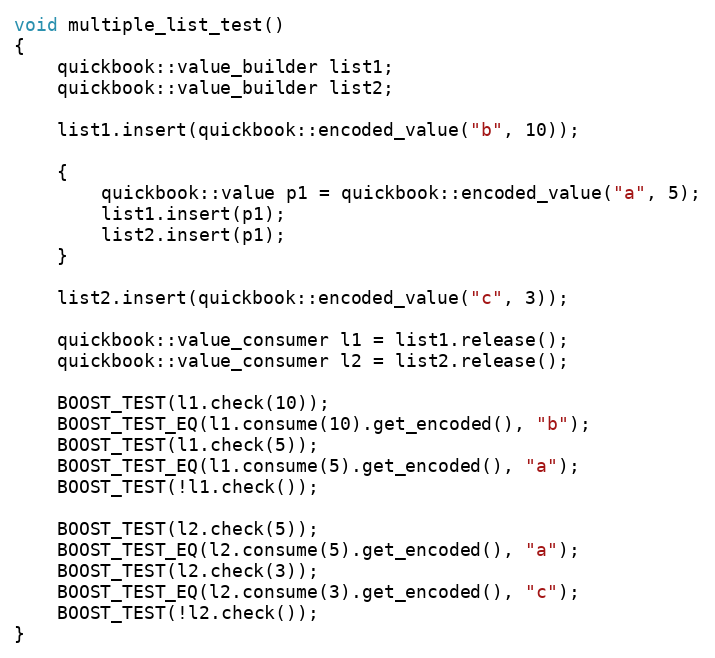
Language: C++
void multiple_list_test()
{
    quickbook::value_builder list1;
    quickbook::value_builder list2;

    list1.insert(quickbook::encoded_value("b", 10));

    {
        quickbook::value p1 = quickbook::encoded_value("a", 5);
        list1.insert(p1);
        list2.insert(p1);
    }

    list2.insert(quickbook::encoded_value("c", 3));

    quickbook::value_consumer l1 = list1.release();
    quickbook::value_consumer l2 = list2.release();

    BOOST_TEST(l1.check(10));
    BOOST_TEST_EQ(l1.consume(10).get_encoded(), "b");
    BOOST_TEST(l1.check(5));
    BOOST_TEST_EQ(l1.consume(5).get_encoded(), "a");
    BOOST_TEST(!l1.check());

    BOOST_TEST(l2.check(5));
    BOOST_TEST_EQ(l2.consume(5).get_encoded(), "a");
    BOOST_TEST(l2.check(3));
    BOOST_TEST_EQ(l2.consume(3).get_encoded(), "c");
    BOOST_TEST(!l2.check());
}